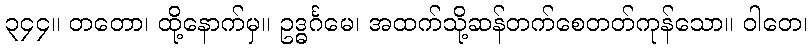
၃၄၄။ တတော၊ ထို့နောက်မှ။ ဥဒ္ဓင်္ဂမေ၊ အထက်သို့ဆန်တက်စေတတ်ကုန်သော။ ဝါတေ၊